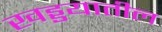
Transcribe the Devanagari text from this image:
खड्डयातील